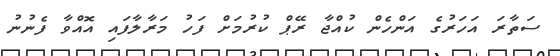
ސަތާރަ އަހަރުގެ އަންހެން ކުއްޖާ ރޭޕް ކުރުމަށް ފަހު މަރާލާފައި އޮއްވާ ފެނުނު